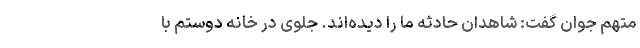
متهم جوان گفت: شاهدان حادثه ما را دیده‌اند. جلوی در خانه دوستم با